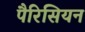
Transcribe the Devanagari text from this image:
पैरिसियन